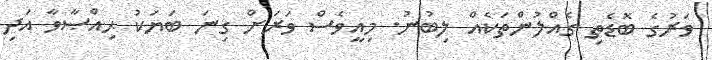
ވަރުގެ ބޮޑެތި ގެއްލުންތަކެއް ލިބުނު. މިއީވެސް ވަރަށް ގިނަ ބަޔަކު ޙިއްޞާވާ އަދި